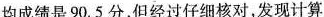
均成绩是90.5分，但经过仔细核对，发现计算